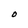
Character: O